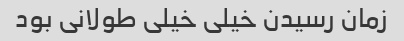
زمان رسیدن خیلی خیلی طولانی بود